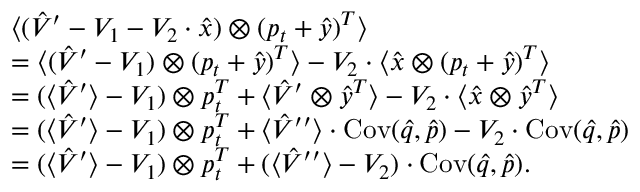
\begin{array} { r l } & { \langle ( \hat { V } ^ { \prime } - V _ { 1 } - V _ { 2 } \cdot \hat { x } ) \otimes ( p _ { t } + \hat { y } ) ^ { T } \rangle } \\ & { = \langle ( \hat { V } ^ { \prime } - V _ { 1 } ) \otimes ( p _ { t } + \hat { y } ) ^ { T } \rangle - V _ { 2 } \cdot \langle \hat { x } \otimes ( p _ { t } + \hat { y } ) ^ { T } \rangle } \\ & { = ( \langle \hat { V } ^ { \prime } \rangle - V _ { 1 } ) \otimes p _ { t } ^ { T } + \langle \hat { V } ^ { \prime } \otimes \hat { y } ^ { T } \rangle - V _ { 2 } \cdot \langle \hat { x } \otimes \hat { y } ^ { T } \rangle } \\ & { = ( \langle \hat { V } ^ { \prime } \rangle - V _ { 1 } ) \otimes p _ { t } ^ { T } + \langle \hat { V } ^ { \prime \prime } \rangle \cdot \operatorname { C o v } ( \hat { q } , \hat { p } ) - V _ { 2 } \cdot \operatorname { C o v } ( \hat { q } , \hat { p } ) } \\ & { = ( \langle \hat { V } ^ { \prime } \rangle - V _ { 1 } ) \otimes p _ { t } ^ { T } + ( \langle \hat { V } ^ { \prime \prime } \rangle - V _ { 2 } ) \cdot \operatorname { C o v } ( \hat { q } , \hat { p } ) . } \end{array}